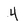
Character: 4